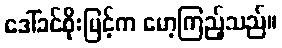
ဒေါ်ခင်စိုးမြင့်က မော့ကြည့်သည်။